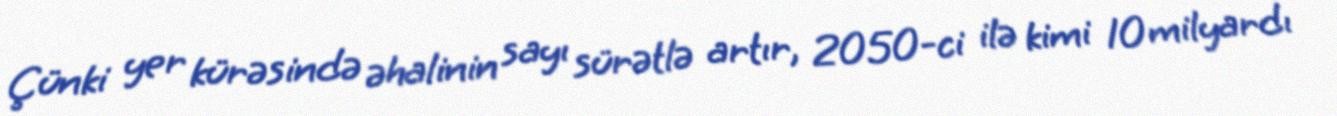
Çünki yer kürəsində əhalinin sayı sürətlə artır, 2050-ci ilə kimi 10 milyardı